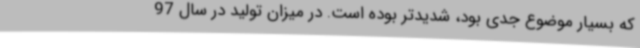
که بسیار موضوع جدی بود، شدیدتر بوده است. در میزان تولید در سال 97